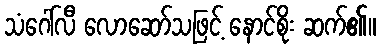
သံဂေါ်လီ လောဆော်သဖြင့် နောင်စိုး ဆက်၏။